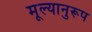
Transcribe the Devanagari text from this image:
मूल्यानुरूप